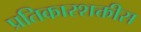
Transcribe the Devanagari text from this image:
प्रतिकारशक्तीस